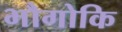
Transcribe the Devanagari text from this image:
भौगोकि